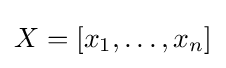
X=[x_{1},\ldots ,x_{n}]